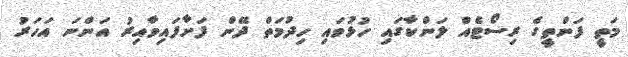
މަތީ ފަންތީގެ ރިސޯޓެއް ލަންކާގައި ހުޅުވައި ހިދުމަތް ދޭން ފަށާފައިވާއިރު އަންނަ އަހަރު